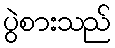
ပွဲစားသည်